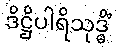
ဒိဋ္ဌိပါရိသုဒ္ဓိံ